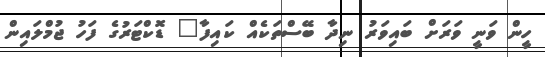
ހީން ވަނީ ވަރަށް ބައިވަރު ނިދާ ބޭސްތަކެއް ކައިފާ" ޑޮކްޓަރުގެ ފަހު ޖުމްލައިން